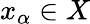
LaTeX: x_{\alpha}\in X